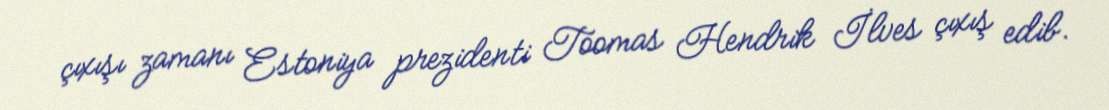
çıxışı zamanı Estoniya prezidenti Toomas Hendrik İlves çıxış edib.